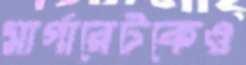
মার্গারেটকেও